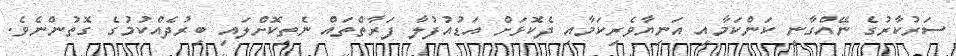
ސަރުކާރުގެ ނޭއްގާނީ ކަންކަމާއި އަނިޔާވެރިކަމާއި ދެކޮޅަށް އަޑުއުފުލާ ފަރާތްތައް ނެތިކޮށްލައި ބިރުދެއްކުމުގެ ގޮތުންނެވެ.